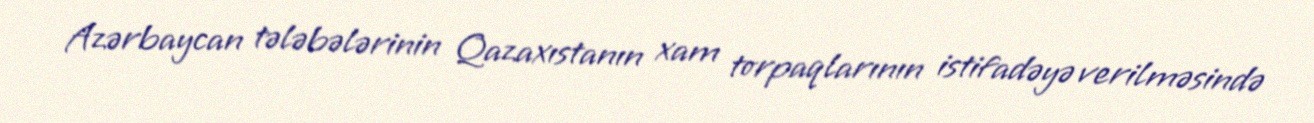
Azərbaycan tələbələrinin Qazaxıstanın xam torpaqlarının istifadəyə verilməsində